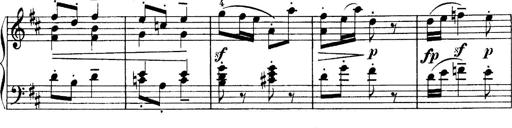
Title: 4 Sonatines
Composer: Max Reger